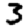
Digit: 3